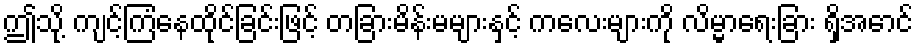
ဤသို့ ကျင့်ကြံနေထိုင်ခြင်းဖြင့် တခြားမိန်းမများနှင့် ကလေးများကို လိမ္မာရေးခြား ရှိအောင်